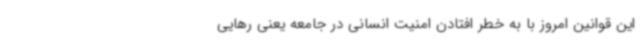
این قوانین امروز با به خطر افتادن امنیت انسانی در جامعه یعنی رهایی